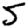
Digit: 5